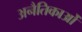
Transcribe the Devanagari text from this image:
अनैतिकाओं